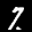
Label: 7